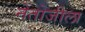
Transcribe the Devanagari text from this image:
नेतोजीला